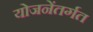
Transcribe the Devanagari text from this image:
योजनेंतर्गत